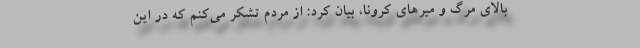
بالای مرگ و میرهای کرونا، بیان کرد: از مردم تشکر می‌کنم که در این